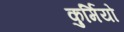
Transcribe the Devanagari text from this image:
कुर्मियो